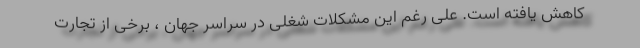
کاهش یافته است. علی رغم این مشکلات شغلی در سراسر جهان ، برخی از تجارت